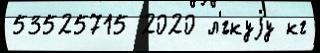
53525715 2020 л'́гкуjу кг